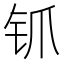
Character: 𬬲